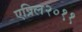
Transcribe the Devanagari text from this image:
एप्रिल२०११